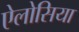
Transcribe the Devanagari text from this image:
ऐलोसिया